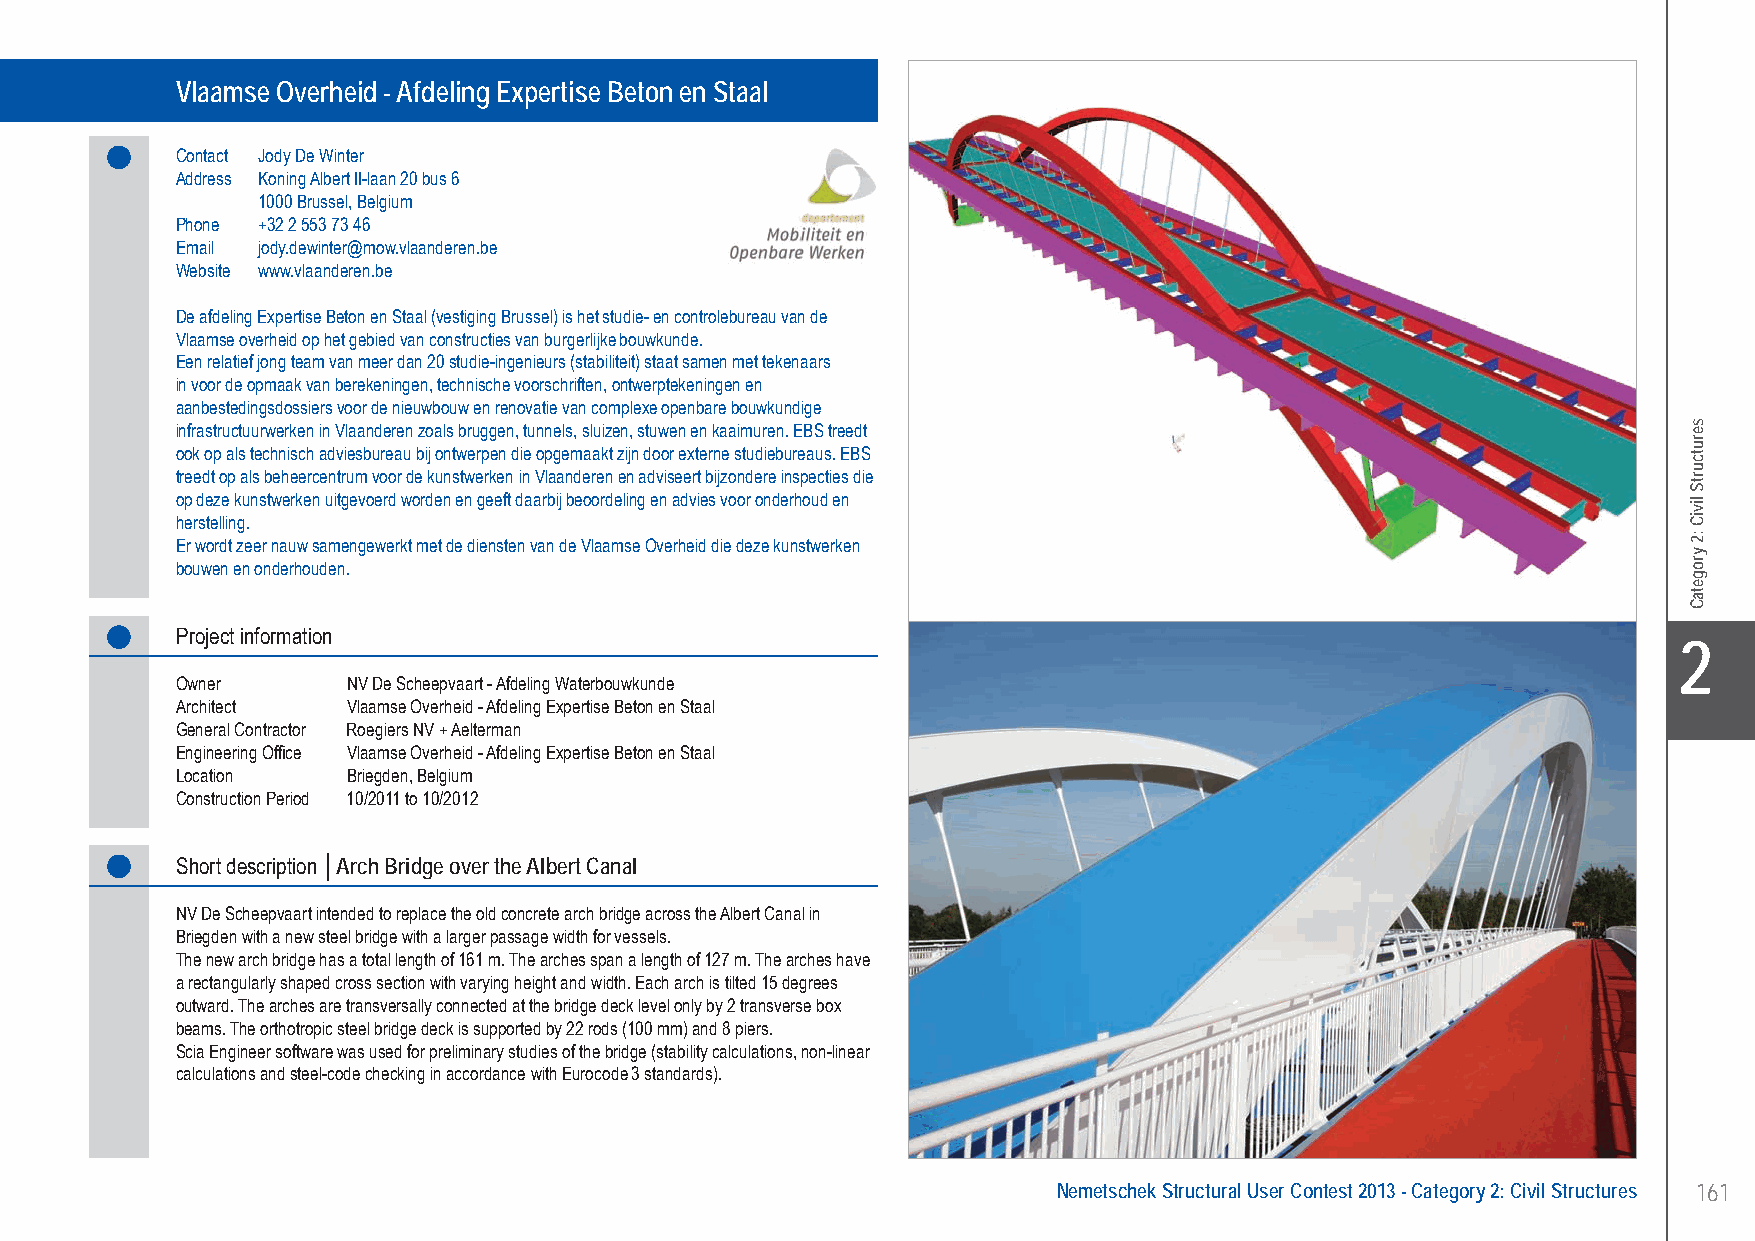
Vlaamse Overheid - Afdeling Expertise Beton en Staal .................. Arch Bridge over the Albert Canal - Briegden, Belgium
 Vlaamse Overheid - Afdeling Expertise Beton en Staal
 Contact Jody De Winter
 Address Koning Albert II-laan 20 bus 6
 1000 Brussel, Belgium
 Phone +32 2 553 73 46
 Email jody.dewinter@mow.vlaanderen.be
 Website www.vlaanderen.be
 De afdeling Expertise Beton en Staal (vestiging Brussel) is het studie- en controlebureau van de
 Vlaamse overheid op het gebied van constructies van burgerlijke bouwkunde.
 Een relatief jong team van meer dan 20 studie-ingenieurs (stabiliteit) staat samen met tekenaars
 in voor de opmaak van berekeningen, technische voorschriften, ontwerptekeningen en
 aanbestedingsdossiers voor de nieuwbouw en renovatie van complexe openbare bouwkundige
 infrastructuurwerken in Vlaanderen zoals bruggen, tunnels, sluizen, stuwen en kaaimuren. EBS treedt
 ook op als technisch adviesbureau bij ontwerpen die opgemaakt zijn door externe studiebureaus. EBS
 treedt op als beheercentrum voor de kunstwerken in Vlaanderen en adviseert bijzondere inspecties die
 op deze kunstwerken uitgevoerd worden en geeft daarbij beoordeling en advies voor onderhoud en
 herstelling.
 Er wordt zeer nauw samengewerkt met de diensten van de Vlaamse Overheid die deze kunstwerken
 bouwen en onderhouden.
 Project information
 X2
 Owner      NV De Scheepvaart - Afdeling Waterbouwkunde
 Architect  Vlaamse Overheid - Afdeling Expertise Beton en Staal
 General Contractor Roegiers NV + Aelterman
 Engineering Office Vlaamse Overheid - Afdeling Expertise Beton en Staal
 Location   Briegden, Belgium
 Construction Period 10/2011 to 10/2012
 Short description │Arch Bridge over the Albert Canal
 NV De Scheepvaart intended to replace the old concrete arch bridge across the Albert Canal in
 Briegden with a new steel bridge with a larger passage width for vessels.
 The new arch bridge has a total length of 161 m. The arches span a length of 127 m. The arches have
 a rectangularly shaped cross section with varying height and width. Each arch is tilted 15 degrees
 outward. The arches are transversally connected at the bridge deck level only by 2 transverse box
 beams. The orthotropic steel bridge deck is supported by 22 rods (100 mm) and 8 piers.
 Scia Engineer software was used for preliminary studies of the bridge (stability calculations, non-linear
 calculations and steel-code checking in accordance with Eurocode 3 standards).
 Nemetschek Structural User Contest 2013 - Category 2: Civil Structures 161
 UC-2013-Book-V8.indd 161                                                                                  7/11/2013 12:25:32 PM
 serutcurtS
 liviC
 :2
 yrogetaC